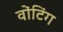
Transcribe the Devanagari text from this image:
वोंटिंग